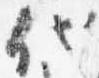
代